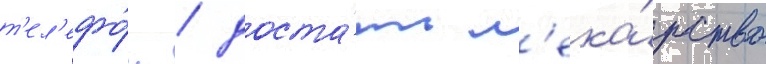
т'ел'ефо́н / доста́ть л'ека́рство